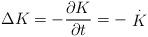
LaTeX: \begin{align*}\Delta K=-\frac{\partial K}{\partial t}=-\stackrel{.}{K}\end{align*}